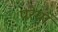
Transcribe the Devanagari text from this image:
परेषां